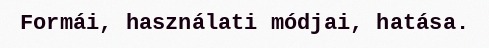
Formái, használati módjai, hatása.